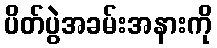
ပိတ်ပွဲအခမ်းအနားကို